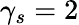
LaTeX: \gamma_{s}=2